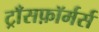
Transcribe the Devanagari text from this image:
ट्राँसफ़ॉर्मर्स